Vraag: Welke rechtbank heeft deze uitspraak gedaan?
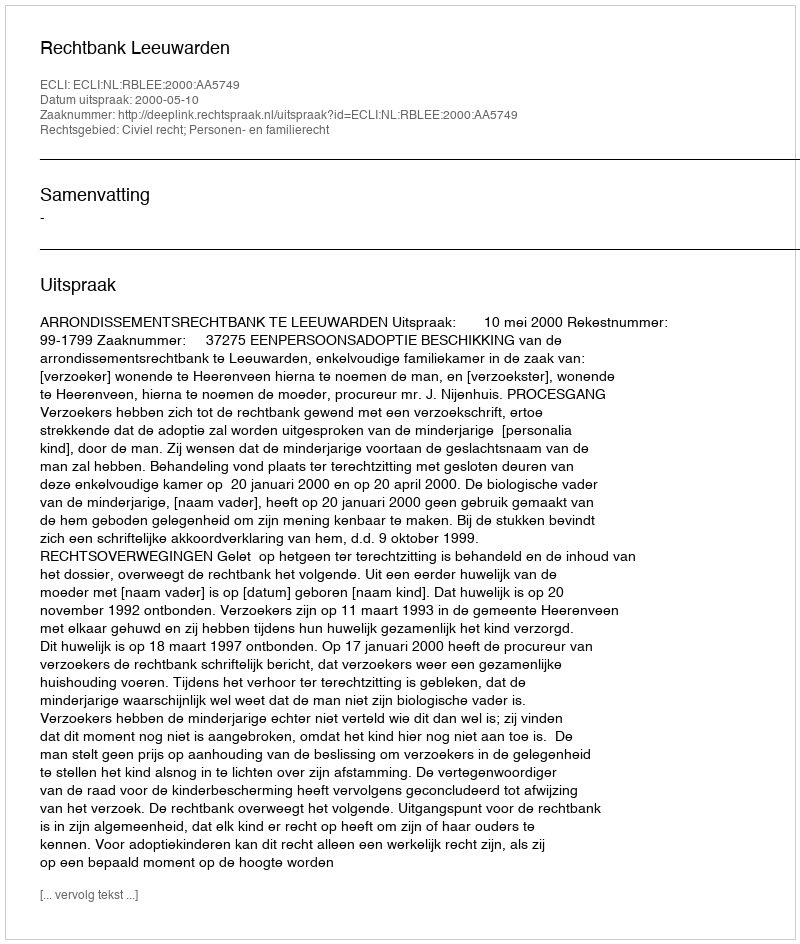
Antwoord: Rechtbank Leeuwarden